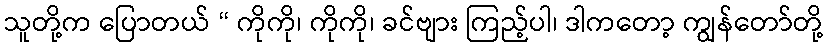
သူတို့က ပြောတယ် “ ကိုကို၊ ကိုကို၊ ခင်ဗျား ကြည့်ပါ၊ ဒါကတော့ ကျွန်တော်တို့